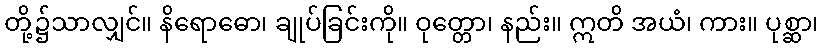
တို့၌သာလျှင်။ နိရောဓော၊ ချုပ်ခြင်းကို။ ဝုတ္တော၊ နည်း။ ဣတိ အယံ၊ ကား။ ပုစ္ဆာ၊